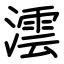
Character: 澐